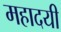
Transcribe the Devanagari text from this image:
महादयी